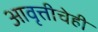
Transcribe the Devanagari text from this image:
आवृत्तीचेही